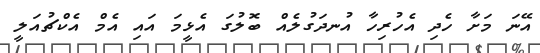
އޭނަ މަށާ ހެދި އެހުރިހާ އުނދަގުލެއް ބޮލުގަ އެޅީމަ އައި އެމް އެކްޗުއަަލީ